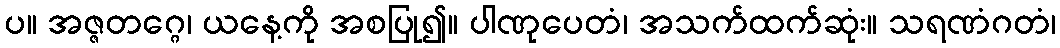
ပ။ အဇ္ဇတဂ္ဂေ၊ ယနေ့ကို အစပြု၍။ ပါဏုပေတံ၊ အသက်ထက်ဆုံး။ သရဏံဂတံ၊